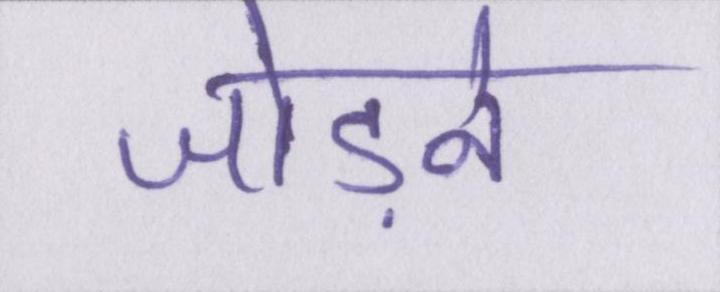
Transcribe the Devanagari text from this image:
जोड़ने